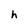
Character: h